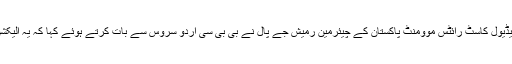
رحیم یار خان میں مقیم شیڈیول کاسٹ رائٹس موومنٹ پاکستان کے چیئرمین رمیش جے پال نے بی بی سی اردو سروس سے بات کرتے ہوئے کہا کہ یہ الیکشن نہیں سلیکشن سسٹم ہے۔